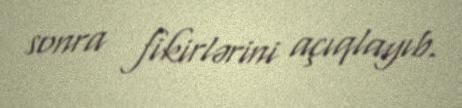
sonra fikirlərini açıqlayıb.